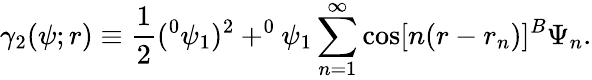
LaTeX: \gamma_{2}(\psi;r)\equiv\frac 12(^{0}\psi_{1})^{2}+^{0}\psi_{1}\sum_{n=1}^{\infty}\cos[n(r-r_{n})]^{B}\Psi_{n}.